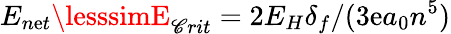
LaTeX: E_{n\mathrm{e}t}\lesssimE_{\mathscr{C}rit}=2E_{H}\delta_{f}/(3\mathrm{e}a_{0}n^{5})